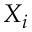
X _ { i }